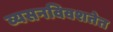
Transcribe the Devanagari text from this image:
व्यसनविवशतेत